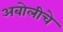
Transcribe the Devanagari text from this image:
अबोलीचे